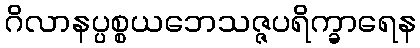
ဂိလာနပ္ပစ္စယဘေသဇ္ဇပရိက္ခာရေန